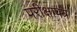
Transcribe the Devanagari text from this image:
परीक्षापत्र